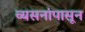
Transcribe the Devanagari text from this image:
व्यसनांपासून